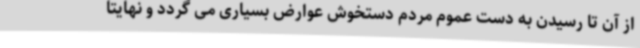
از آن تا رسیدن به دست عموم مردم دستخوش عوارض بسیاری می گردد و نهایتا